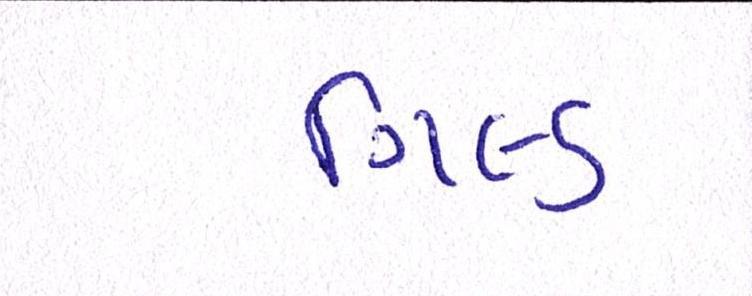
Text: ગિલ્ડ